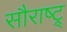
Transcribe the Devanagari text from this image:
सौराष्ट्र्